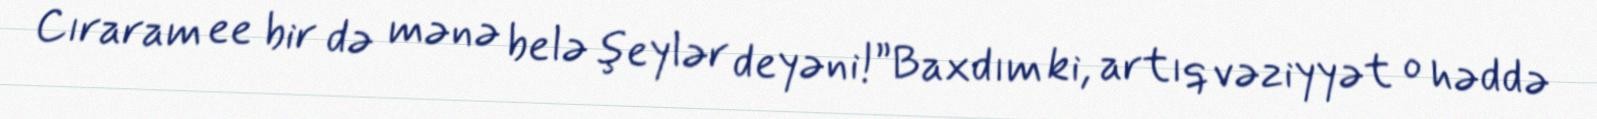
Cıraram ee bir də mənə belə şeylər deyəni!”Baxdım ki, artıq vəziyyət o həddə